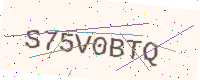
Text: S75V0BTQ